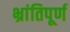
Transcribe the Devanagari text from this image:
भ्रांतिपूर्ण